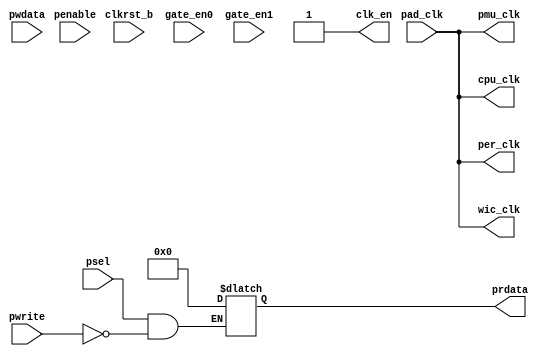
// This program was cloned from: https://github.com/T-head-Semi/opene906
// License: Apache License 2.0

/*Copyright 2020-2021 T-Head Semiconductor Co., Ltd.

Licensed under the Apache License, Version 2.0 (the "License");
you may not use this file except in compliance with the License.
You may obtain a copy of the License at

    http://www.apache.org/licenses/LICENSE-2.0

Unless required by applicable law or agreed to in writing, software
distributed under the License is distributed on an "AS IS" BASIS,
WITHOUT WARRANTIES OR CONDITIONS OF ANY KIND, either express or implied.
See the License for the specific language governing permissions and
limitations under the License.
*/

// &ModuleBeg; @19
module fpga_clk_gen(
  clk_en,
  clkrst_b,
  cpu_clk,
  gate_en0,
  gate_en1,
  pad_clk,
  penable,
  per_clk,
  pmu_clk,
  prdata,
  psel,
  pwdata,
  pwrite,
  wic_clk
);

// &Ports; @20
input           clkrst_b;      
input           gate_en0;      
input           gate_en1;      
input           pad_clk;       
input           penable;       
input           psel;          
input   [2 :0]  pwdata;        
input           pwrite;        
output          clk_en;        
output          cpu_clk;       
output          per_clk;       
output          pmu_clk;       
output  [31:0]  prdata;        
output          wic_clk;       

// &Regs; @21
reg     [2 :0]  input_clkratio; 
reg     [31:0]  prdata;        

// &Wires; @22
wire            clk_en;        
wire            clkrst_b;      
wire            cpu_clk;       
wire            pad_clk;       
wire            penable;       
wire            per_clk;       
wire            pmu_clk;       
wire            psel;          
wire    [2 :0]  pwdata;        
wire            pwrite;        
wire            wic_clk;       


always@(posedge per_clk or negedge clkrst_b)
begin
  if (!clkrst_b)
    input_clkratio[2:0] <= 3'b0;
  else if(psel && pwrite && penable)
    input_clkratio[2:0] <= pwdata[2:0]; 
end

// &CombBeg; @32
always @( psel
       or pwrite)
begin
if(psel && !pwrite)
begin
  prdata[31:0] <= 32'b0;
end
// &CombEnd; @37
end

assign cpu_clk = pad_clk; 
assign wic_clk = pad_clk;
assign per_clk = pad_clk;
assign pmu_clk = pad_clk;

assign clk_en = 1'b1;
// &Force("output","per_clk"); @45


// &Force("input", "gate_en0"); @48
// &Force("input", "gate_en1"); @49
// &Force("nonport", "input_clkratio"); @50

// &ModuleEnd; @52
endmodule